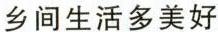
乡间生活多美好